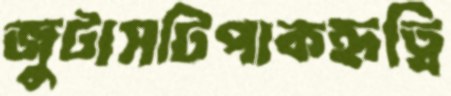
জুটাসটিপাকহৃত্বি